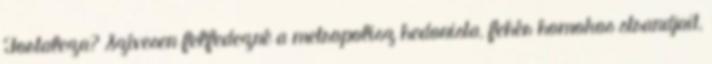
Fortaleza? Szívesen felfedezné a metropolisz hedonista, fehér homokos strandjait,